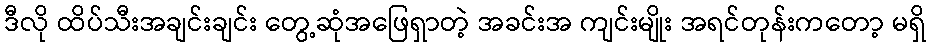
ဒီလို ထိပ်သီးအချင်းချင်း တွေ့ဆုံအဖြေရှာတဲ့ အခင်းအ ကျင်းမျိုး အရင်တုန်းကတော့ မရှိ